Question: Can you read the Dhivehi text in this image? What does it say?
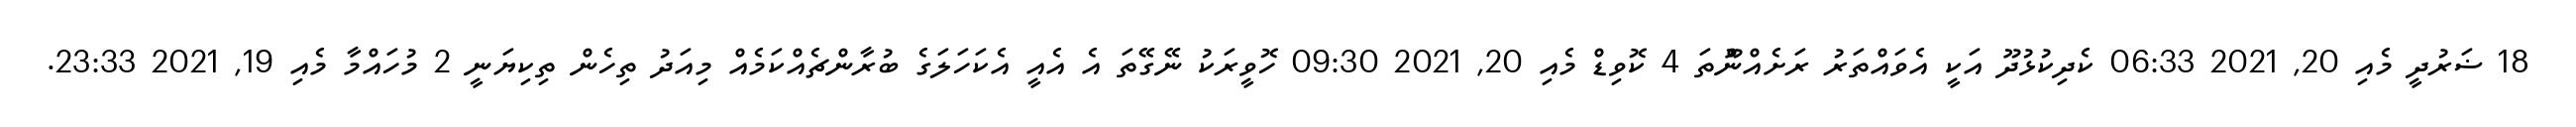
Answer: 18 ޟަރުދީ މެއި 20, 2021 06:33 ކެދިކުޅުދޫ އަކީ އެވައްތަރު ރަށެއްނޫްތަ 4 ކޮވިޑް މެއި 20, 2021 09:30 ހޮވީރަކު ނޭގޭތަ އެ އެއީ އެކަހަލަގެ ބުރާންޗެއްކަމެއް މިއަދު ތިހެން ތިކިޔަނީ 2 މުހައްމާ މެއި 19, 2021 23:33.